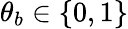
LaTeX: \theta_{b}\in\{ 0,1\}